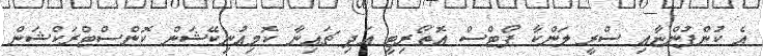
އެ ކުންފުންޏާއި ސްރީ ލަންކާ ޕޯޓްސް އޮތޯރިޓީ އަދި ޗައިނާ ކޮމިއުނިކޭޝަން ކޮންސްޓްރަކްޝަން